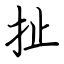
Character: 扯